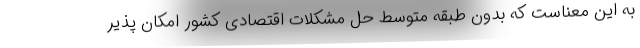
به این معناست که بدون طبقه متوسط حل مشکلات اقتصادی کشور امکان پذیر